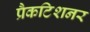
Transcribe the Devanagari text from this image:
प्रैकटिशनर